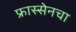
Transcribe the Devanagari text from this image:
फ्रास्सेनचा